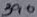
Text: 390